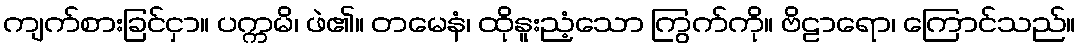
ကျက်စားခြင်ငှာ။ ပက္ကမိ၊ ဖဲ၏။ တမေနံ၊ ထိုနူးညံ့သော ကြွက်ကို။ ဗိဠာရော၊ ကြောင်သည်။